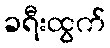
ခရီးထွက်